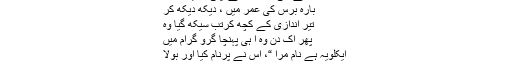
اور گھر جا کر
سرکنڈوں سے بنی کمانوں سے اپنی تربیت کرتا
بارہ برس کی عمر میں ، دیکھ دیکھ کر
تیر اندازی کے کچھ کرتب سیکھ گیا وہ
پھر اک دن وہ آ ہی پہنچا گرو گرام میں
ایکلویہؔ ہے نام مرا “، اس نے پرنام کیا اور بولا
“آپ کی شرن میں آیا ہوں میں ودیا لینے”
“کون ذات ہو؟